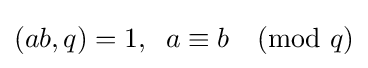
(ab,q)=1,\;\;a\equiv b{\pmod {q}}